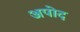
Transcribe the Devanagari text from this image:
अपोद